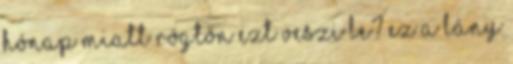
hónap miatt rögtön ezt veszi le? Ez a lány